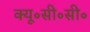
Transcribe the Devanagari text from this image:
क्यू॰सी॰सी॰